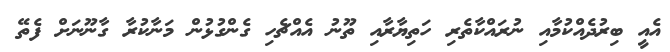
އެއީ ބިރުދެއްކުމާއި ނުރައްކާތެރި ހަތިޔާރާއި ތޫނު އެއްޗެހި ގެންގުޅުން މަނާކުރާ ގާނޫނަށް ފެތޭ